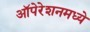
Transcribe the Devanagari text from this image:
ऑपेरेशनमध्ये